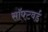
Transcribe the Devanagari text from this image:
सॉफ्टवर्ड